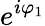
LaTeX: e^{i\varphi_{1}}